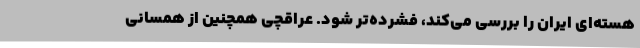
هسته‌ای ایران را بررسی می‌کند، فشرده‌تر شود. عراقچی همچنین از همسانی